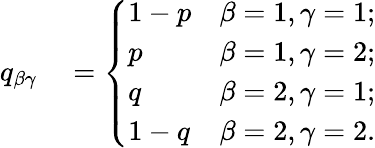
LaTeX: \begin{array}{rl}{q_{\beta\gamma}}&{{}=\left\{ \begin{array}{ll}{\displaystyle 1-p}&{\displaystyle\beta=1,\gamma=1;}\\ {\displaystyle p}&{\displaystyle\beta=1,\gamma=2;}\\ {\displaystyle q}&{\displaystyle\beta=2,\gamma=1;}\\ {\displaystyle 1-q}&{\displaystyle\beta=2,\gamma=2.}\end{array}\right.}\end{array}